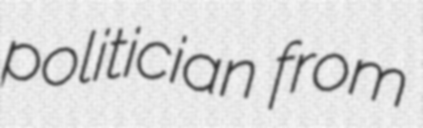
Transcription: politician from